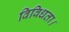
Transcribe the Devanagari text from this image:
विविधता।